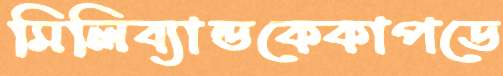
মিলিব্যান্ডকেকাপডে